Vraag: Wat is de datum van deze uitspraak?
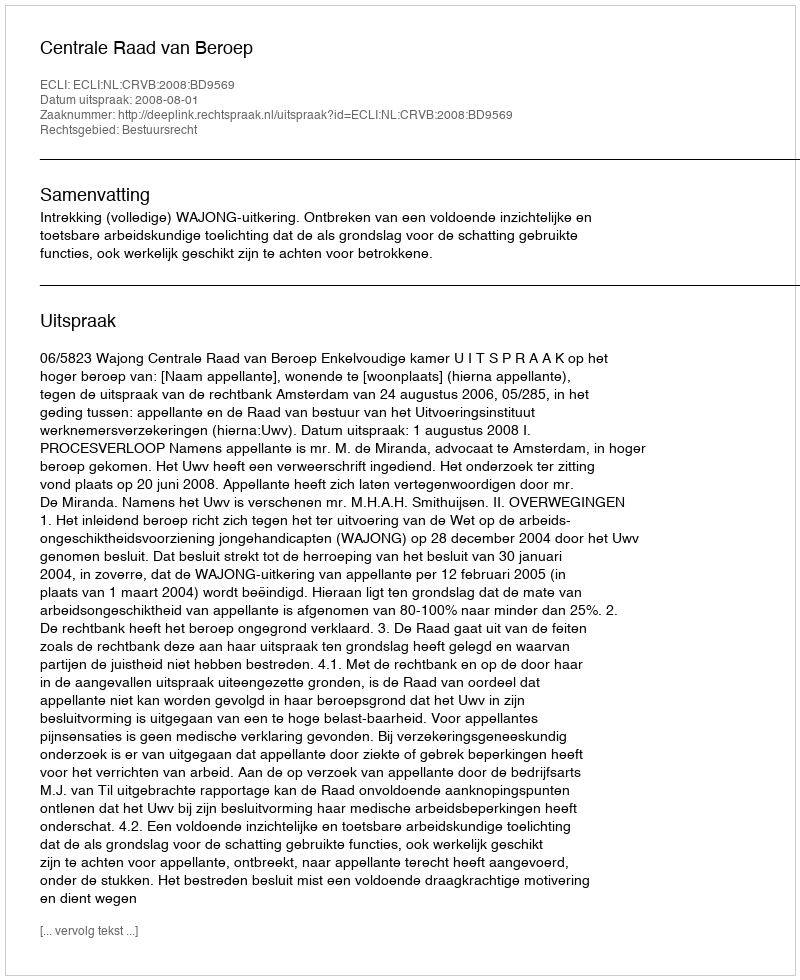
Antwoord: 2008-08-01